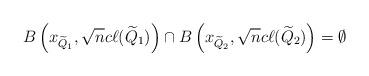
LaTeX: \begin{align*} B\left(x_{\widetilde Q_1},\sqrt{n}c\ell(\widetilde Q_1)\right) \cap B\left(x_{\widetilde Q_2},\sqrt{n}c\ell(\widetilde Q_2)\right) = \emptyset\end{align*}